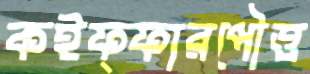
কইফ্ফারপৌত্ত